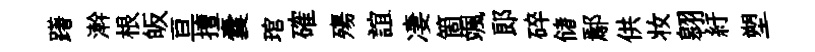
躇澣根皈亘擅囊琯確殤誼凄箇颯郞碎储鄢供妆翱紆塑